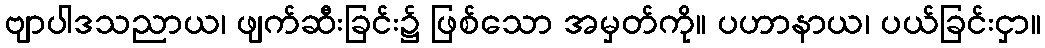
ဗျာပါဒသညာယ၊ ဖျက်ဆီးခြင်း၌ ဖြစ်သော အမှတ်ကို။ ပဟာနာယ၊ ပယ်ခြင်းငှာ။